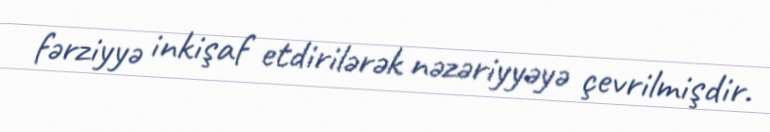
fərziyyə inkişaf etdirilərək nəzəriyyəyə çevrilmişdir.